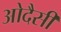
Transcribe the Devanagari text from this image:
ओदैसी